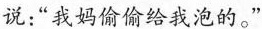
说:“我妈偷偷给我泡的。”